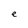
Character: e